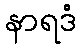
နာရဒံ